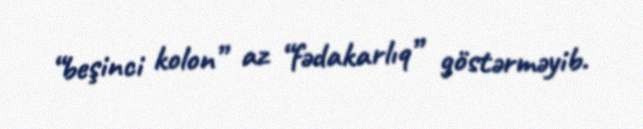
“beşinci kolon” az “fədakarlıq” göstərməyib.